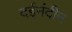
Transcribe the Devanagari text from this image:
दईनंदीन